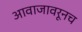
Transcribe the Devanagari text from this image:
आवाजावरूनच